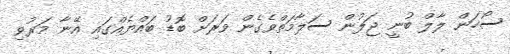
ސޯހަން ލާލް ބުނީ ޖަލުން ސަލާމަތްވެގެން ވަރަށް ބޮޑު ބައްޔެއްގައި އޭނާ މަރުވި